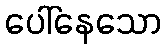
ပေါ်နေသော